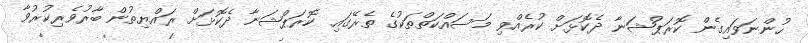
ހުންނަވައިގެން ކޮރަޕްޝަނާ ދެކޮޅަށް ކުރެއްވި މަސައްކަތްތަކުގެ ތެރޭގައި ކޮރަޕްޝަނާ ދެކޮޅަށް ރައްޔިތުން ބާރުވެރިކުރުވާ